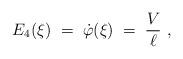
LaTeX: \begin{align*}E_4 (\xi) \;=\; \dot{\varphi} (\xi) \;=\; \frac V \ell ~,\end{align*}